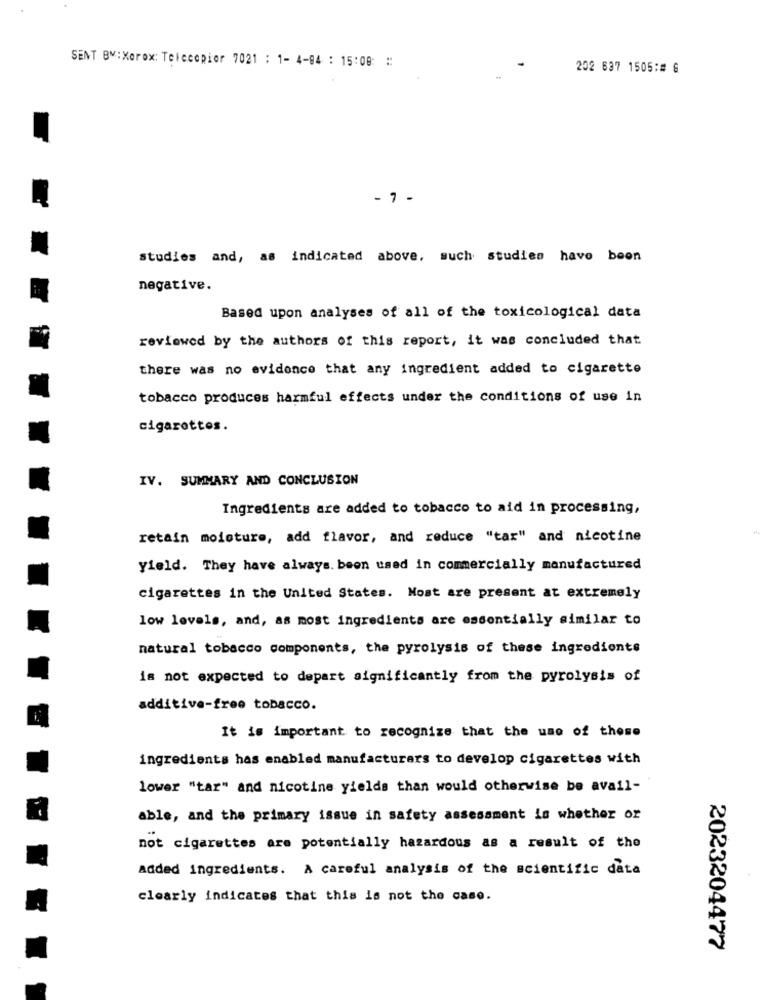
SENT BY: Xerox: Telecopior 7021 : 1- 4-04 : 15:00: #
202 637 1505:# @
- 1 -
studies and, as indicated above, such studies have boon
negative.
Based upon analyses of all of the toxicological data
reviewed by the authors of this report, it was concluded that
there was no evidence that any ingredient added to cigarette
tobacco produces harmful effects under the conditions of use in
cigarettes.
IV. SUMMARY AND CONCLUSION
Ingredients are added to tobacco to aid in processing,
retain moisture, add flavor, and reduce "tar" and nicotine
yield. They have always. been used in commercially manufactured
cigarettes in the United States. Most are present at extremely
low levels, and, as most ingredients are essentially similar to
natural tobacco components, the pyrolysis of these ingredients
is not expected to depart significantly from the pyrolysis of
additive-free tobacco.
It is important to recognize that the use of those
ingredients has enabled manufacturers to develop cigarettes with
lower "tar" and nicotine yields than would otherwise be avail-
able, and the primary issue in safety assessment is whether or
not cigarettes are potentially hazardous as a result of the
added ingredients. A careful analysis of the scientific data
clearly indicates that this is not the case.
2023204477